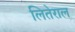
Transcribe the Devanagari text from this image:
लितेराल